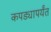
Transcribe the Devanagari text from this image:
कपड्यापर्यंत